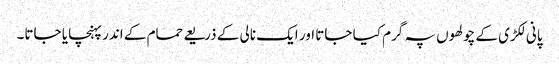
پانی لکڑی کے چولھوں پہ گرم کیا جاتا اور ایک نالی کے ذریعے حمام کے اندر پہنچایا جاتا۔